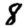
Digit: 8